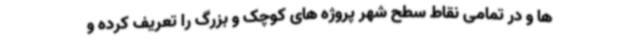
ها و در تمامی نقاط سطح شهر پروژه های کوچک و بزرگ را تعریف کرده و